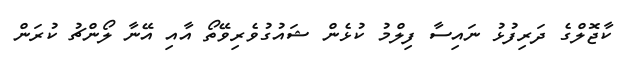
ކާޖޮލްގެ ދަރިފުޅު ނައިސާ ފިލްމު ކުޅެން ޝައުގުވެރިވޭތޯ އާއި އޭނާ ލޯންޗު ކުރަން